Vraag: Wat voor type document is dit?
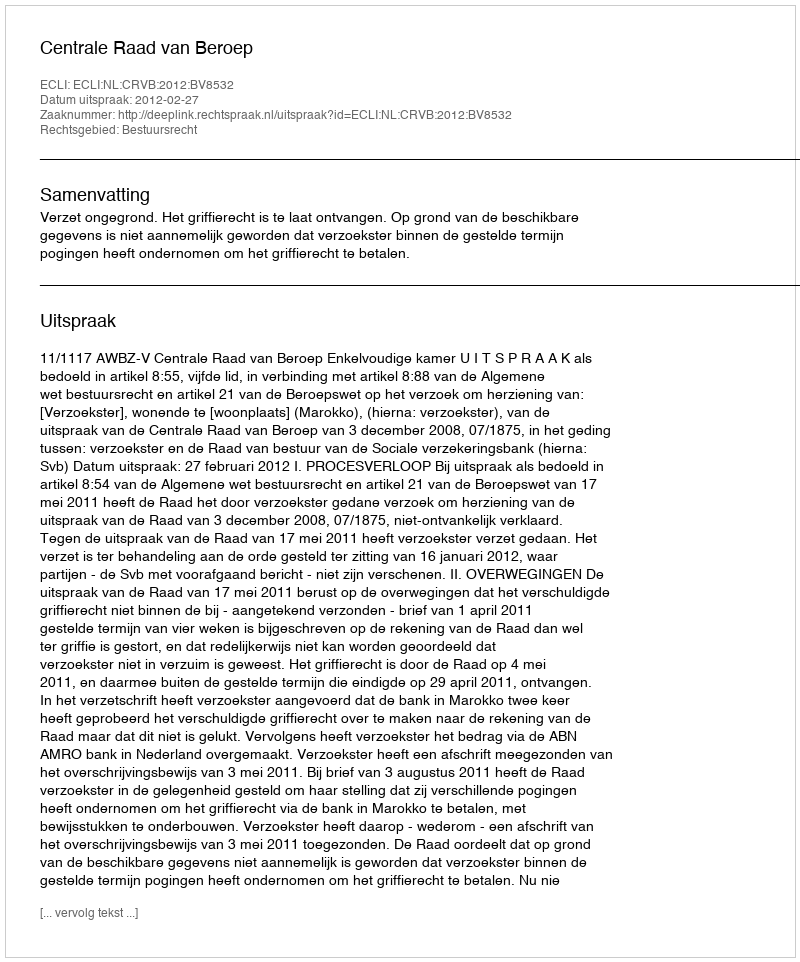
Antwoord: Uitspraak